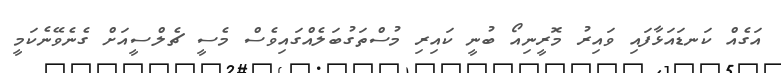
އަގެއް ކަނޑައަޅާފައި ވައިރު މޮރީނިއޯ ބުނީ ކައިރި މުސްތަގުބަލެއްގައިވެސް މެސީ ޗެލްސީއަށް ގެނެވޭނެކަމީ